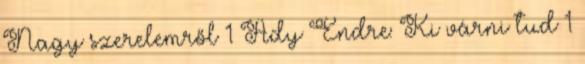
Nagy szerelemről 1 Ady Endre: Ki várni tud 1